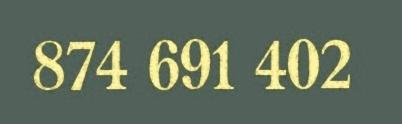
874 691 402